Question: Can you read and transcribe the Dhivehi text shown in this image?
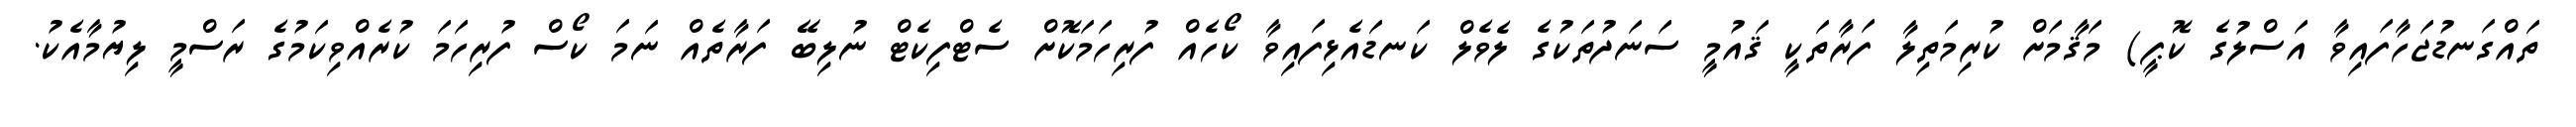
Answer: ތައްގަނޑުޖަހާފައިވާ އަސްލުގެ ކޮޕީ) މަޤާމަށް ކުރިމަތިލާ ފަރާތަކީ ޤައުމީ ސަނަދުތަކުގެ ލެވެލް ކަނޑައެޅިފައިވާ ކޯހެއް ފުރިހަމަކޮށް ސެޓްފިކެޓް ނުލިބޭ ފަރާތެއް ނަމަ ކޯސް ފުރިހަމަ ކުރެއްވިކަމުގެ ރަސްމީ ލިޔުމާއެކު.